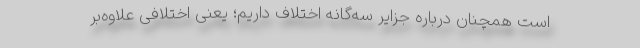
است همچنان درباره جزایر سه‌گانه اختلاف داریم؛ یعنی اختلافی علاوه‌بر